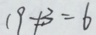
1 9 \neq 3 = 6